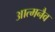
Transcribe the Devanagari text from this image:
आत्मनैव